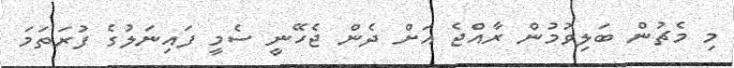
މި މެޗުން ބަލިވުމުން ރާއްޖެ އަށް ދެން ޖެހޭނީ ސެމީ ފައިނަލުގެ ފުރަތަމަ